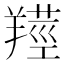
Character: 𦎺